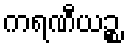
ကရဏီယဉ္စ